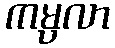
ကမ္ပလာ